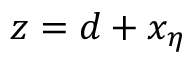
z = d + x _ { \eta }